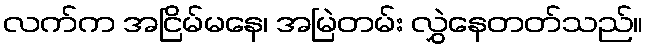
လက်က အငြိမ်မနေ၊ အမြဲတမ်း လွှဲနေတတ်သည်။